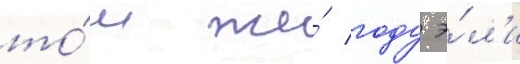
то́м же́ году э́л'и